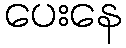
ပေးနေ